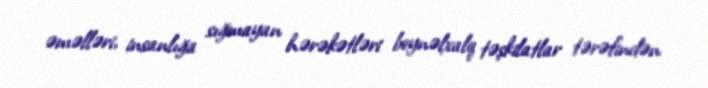
əməlləri, insanlığa sığmayan hərəkətləri beynəlxalq təşkilatlar tərəfindən